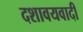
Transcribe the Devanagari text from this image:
दशावयवादी